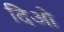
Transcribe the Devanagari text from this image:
दिओ